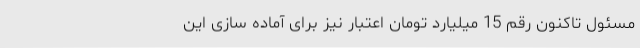
مسئول تاکنون رقم 15 میلیارد تومان اعتبار نیز برای آماده سازی این